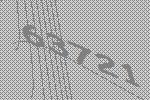
63721